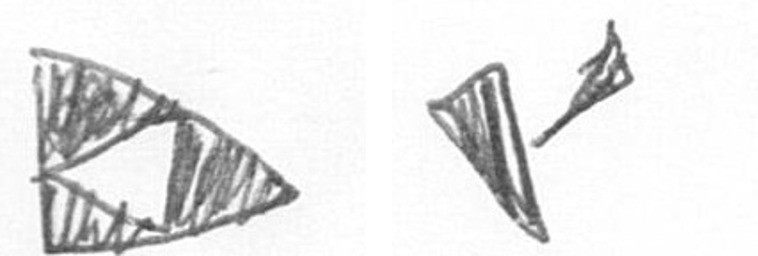
K F